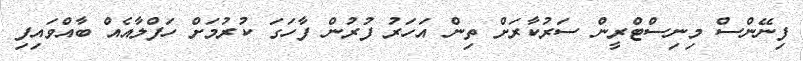
ފިނޭންސް މިނިސްޓްރީން ސަރުކާރަށް ތިން އަހަރު ފުރުން ފާހަގަ ކުރުމަށް ހަފްލާއެއް ބާއްވައިފި